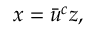
\begin{array} { r } { x = \bar { u } ^ { c } z , } \end{array}